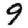
Digit: 9